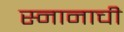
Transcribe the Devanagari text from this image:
स्नानाची